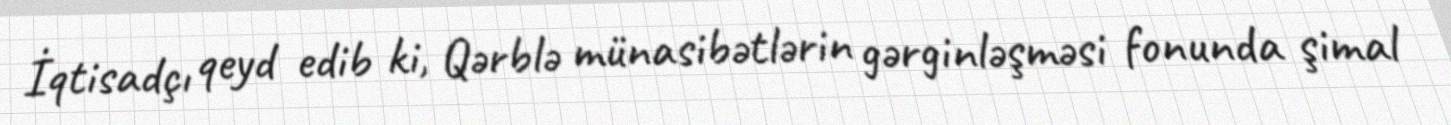
İqtisadçı qeyd edib ki, Qərblə münasibətlərin gərginləşməsi fonunda şimal